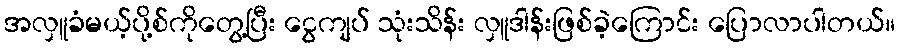
အလှူခံမယ့်ပို့စ်ကိုတွေ့ပြီး ငွေကျပ် သုံးသိန်း လှူဒါန်းဖြစ်ခဲ့ကြောင်း ပြောလာပါတယ်။